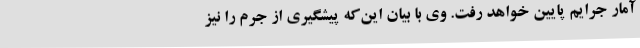
آمار جرایم پایین خواهد رفت. وی با بیان این‌که پیشگیری از جرم را نیز